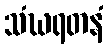
သံဃရတနံ